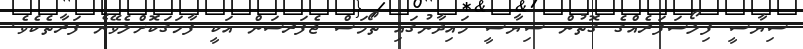
ސިޔާސީ ފިލޯސަފަރެއްގެ ގޮތުން ސިޔާސީ މައިދާނުގައި ތޯމަސް ޖެފަރސަން އަކީ ފާހަގަކޮށްލެވޭނެ ފަރާތެކެވެ.